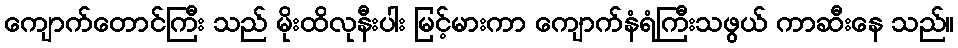
ကျောက်တောင်ကြီး သည် မိုးထိလုနီးပါး မြင့်မားကာ ကျောက်နံရံကြီးသဖွယ် ကာဆီးနေ သည်။